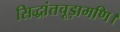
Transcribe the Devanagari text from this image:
सिद्धांतचूड़ामणि।